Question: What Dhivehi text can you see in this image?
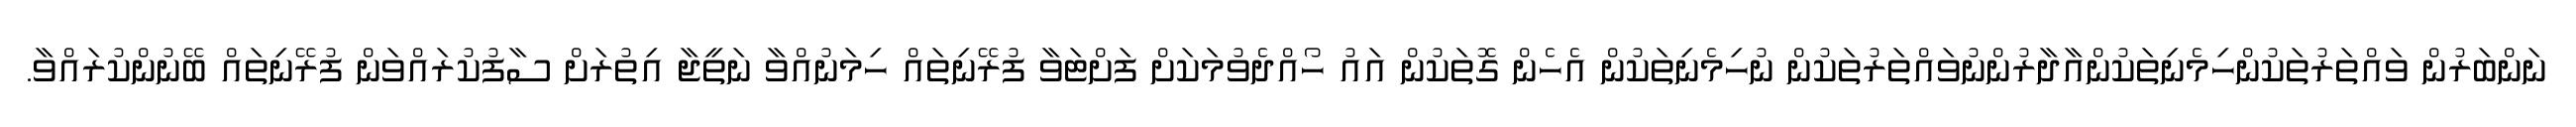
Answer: ނަންބަރުން ވައްތަރުތަކުންހިމެނިތަކުންއާދާރުންނުވައްތަރުތަކުން ނުހިމެނިތަކުން އެހެން ގޮތަކުން އައު ހޯއްދެވުމަކަށް ފަށްޓަވާ ފުރޭނިތައް ހިމަނުއްވާ ނަތީޖާ އިތުރަށް ސާފުކުރައްވަން ފުރޭނިތައް ބޭނުންކުރައްވާ.